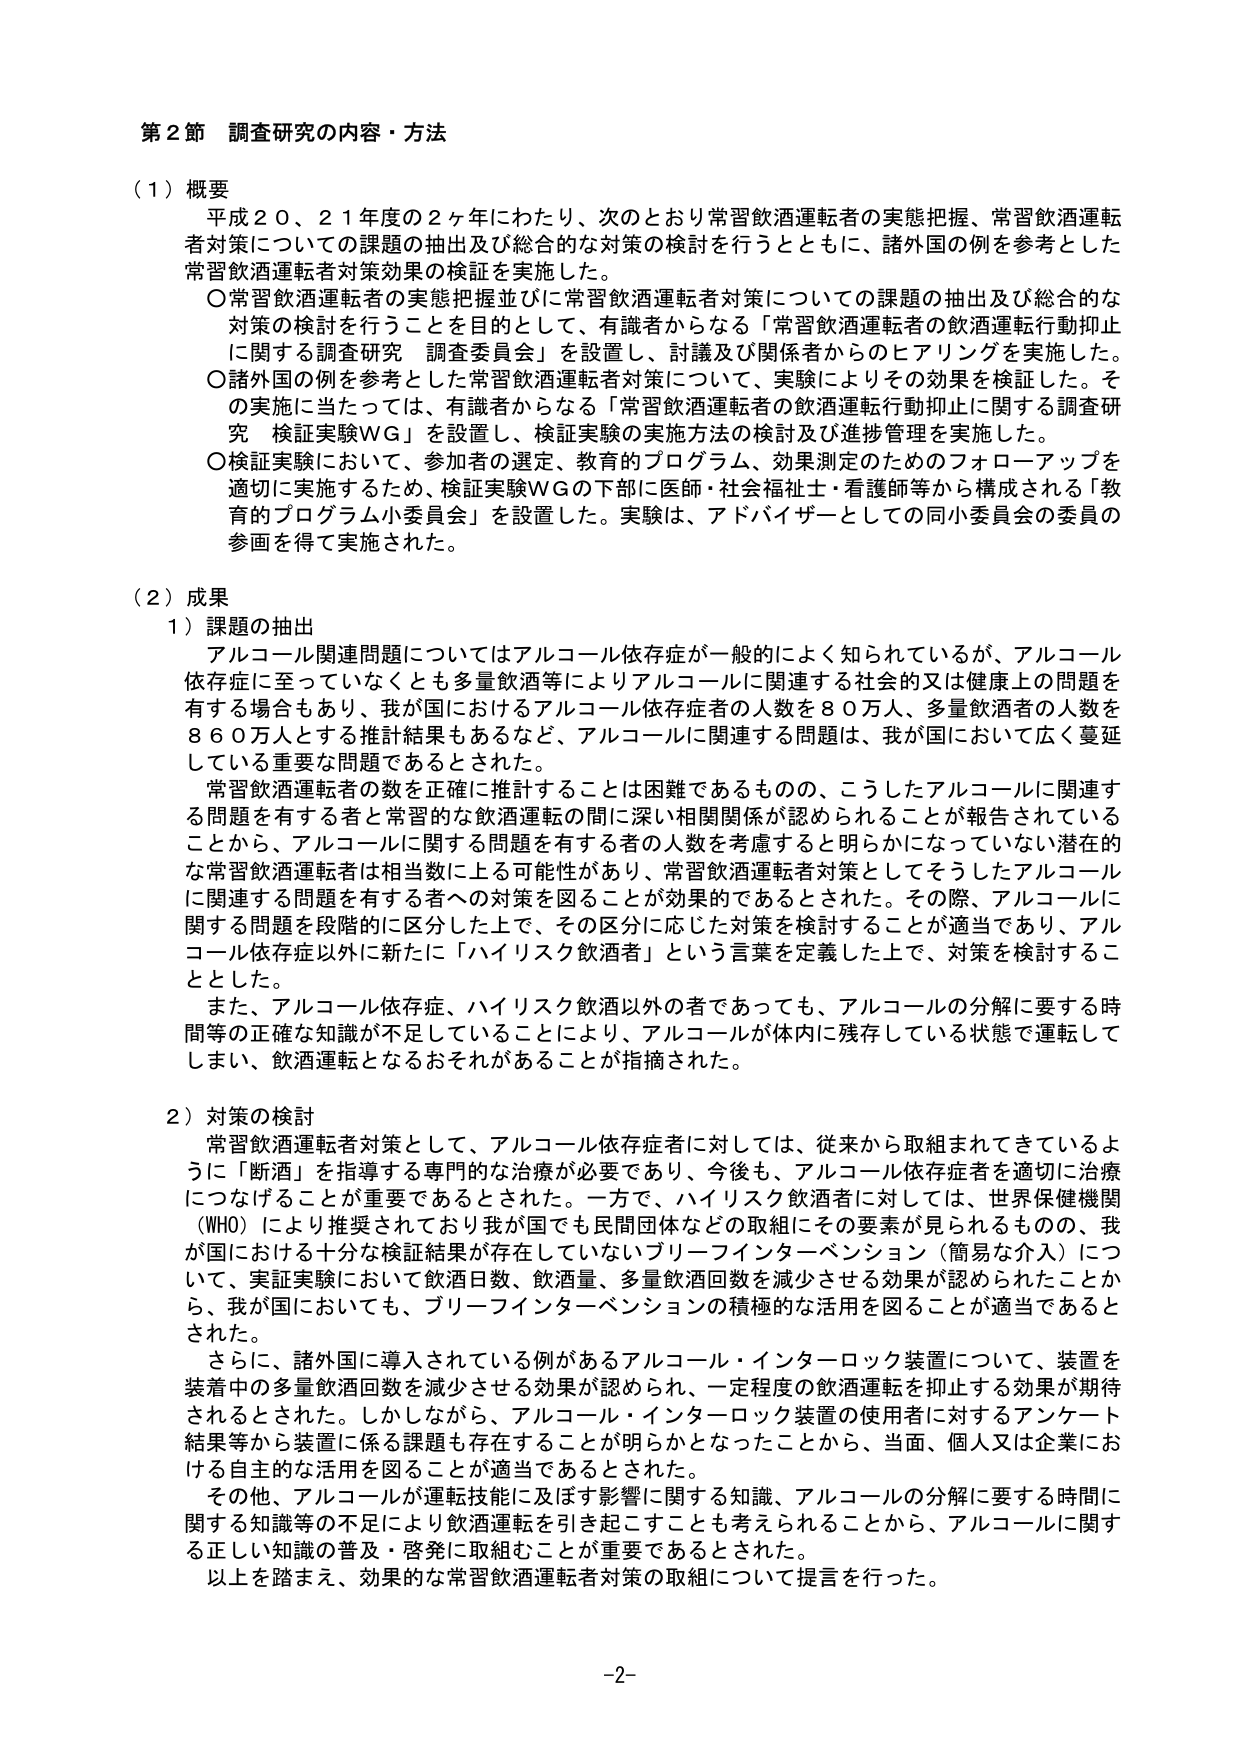
第２節 調査研究の内容・方法

（１）概要
平成２０、２１年度の２ヶ年にわたり、次のとおり常習飲酒運転者の実態把握、常習飲酒運転者対策についての課題の抽出及び総合的な対策の検討を行うとともに、諸外国の例を参考とした常習飲酒運転者対策効果の検証を実施した。
○常習飲酒運転者の実態把握並びに常習飲酒運転者対策についての課題の抽出及び総合的な対策の検討を行うことを目的として、有識者からなる「常習飲酒運転者の飲酒運転行動抑止に関する調査研究 調査委員会」を設置し、討議及び関係者からのヒアリングを実施した。
○諸外国の例を参考とした常習飲酒運転者対策について、実験によりその効果を検証した。その実施に当たっては、有識者からなる「常習飲酒運転者の飲酒運転行動抑止に関する調査研究 検証実験ＷＧ」を設置し、検証実験の実施方法の検討及び進捗管理を実施した。
○検証実験において、参加者の選定、教育のプログラム、効果測定のためのフォローアップを適切に実施するため、検証実験ＷＧの下部に医師・社会福祉士・看護師等から構成される「教育のプログラム小委員会」を設置した。実験は、アドバイザーとしての同小委員会の委員の参画を得て実施された。

（２）成果
１）課題の抽出
アルコール関連問題についてはアルコール依存症が一般的によく知られているが、アルコール依存症に至っていなくとも多量飲酒等によりアルコールに関連する社会的又は健康上の問題を有する場合もあり、我が国におけるアルコール依存症者の人数を８０万人、多量飲酒者の人数を８６０万人とする推計結果もあるなど、アルコールに関連する問題は、我が国において広く蔓延している重要な問題であるとされた。
常習飲酒運転者の数を正確に推定することは困難であるものの、こうしたアルコールに関連する問題を有する者と常習的な飲酒運転の間に深い相関関係が認められることが報告されていることから、アルコールに関する問題を有する者の人数を考慮すると明らかになっていない潜在的な常習飲酒運転者は相当数に上る可能性があり、常習飲酒運転者対策としてそうしたアルコールに関連する問題を有する者への対策を図ることが効果的であるとされた。その際、アルコールに関する問題を段階的に区分した上で、その区分に応じた対策を検討することが適当であり、アルコール依存症以外に新たに「ハイリスク飲酒者」という言葉を定義した上で、対策を検討することとした。
また、アルコール依存症、ハイリスク飲酒以外の者であっても、アルコールの分解に要する時間等の正確な知識が不足していることにより、アルコールが体内に残存している状態で運転してしまい、飲酒運転となるおそれがあることが指摘された。

２）対策の検討
常習飲酒運転者対策として、アルコール依存症者に対しては、従来から取組まれてきているように「断酒」を指導する専門的な治療が必要であり、今後も、アルコール依存症者を適切に治療につなげることが重要であるとされた。一方で、ハイリスク飲酒者に対しては、世界保健機関（ＷＨＯ）により推奨されており我が国でも民間団体などの取組にその要素が見られるものの、我が国における十分な検証結果が存在していないブリーフインターベンション（簡易な介入）について、実証実験において飲酒日数、飲酒量、多量飲酒回数を減少させる効果が認められたことから、我が国においても、ブリーフインターベンションの積極的な活用を図ることが適当であるとされた。
さらに、諸外国に導入されている例があるアルコール・インターロック装置について、装置を装着中の多量飲酒回数を減少させる効果が認められ、一定程度の飲酒運転を抑止する効果が期待されるとされた。しかしながら、アルコール・インターロック装置の使用者に対するアンケート結果等から装置に係る課題も存在することが明らかとなったことから、当面、個人又は企業における自主的な活用を図ることが適当であるとされた。
その他、アルコールが運転技能に及ぼす影響に関する知識、アルコールの分解に要する時間に関する知識等の不足により飲酒運転を引き起こすことも考えられることから、アルコールに関する正しい知識の普及・啓発に取組むことが重要であるとされた。
以上を踏まえ、効果的な常習飲酒運転者対策の取組について提言を行った。

-2-